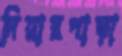
দিয়ারপাড়া